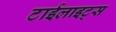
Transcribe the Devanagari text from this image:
टाईलाइट्स